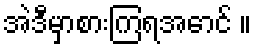
အဲဒီမှာစားကြရအောင် ။